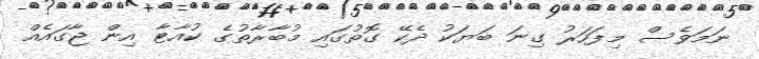
ނަމަވެސް މިފަހަރު ގިނަ ބަޔަކު ދެކޭ ގޮތުގައި މުބާރާތުގެ ކުއާޓާ އިން ޖާގައެއް